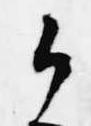
候